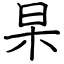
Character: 杲